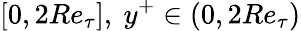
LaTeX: [0,2Re_{\tau}],~y^{+}\in(0,2Re_{\tau})